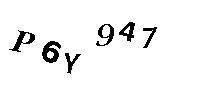
P6Y947